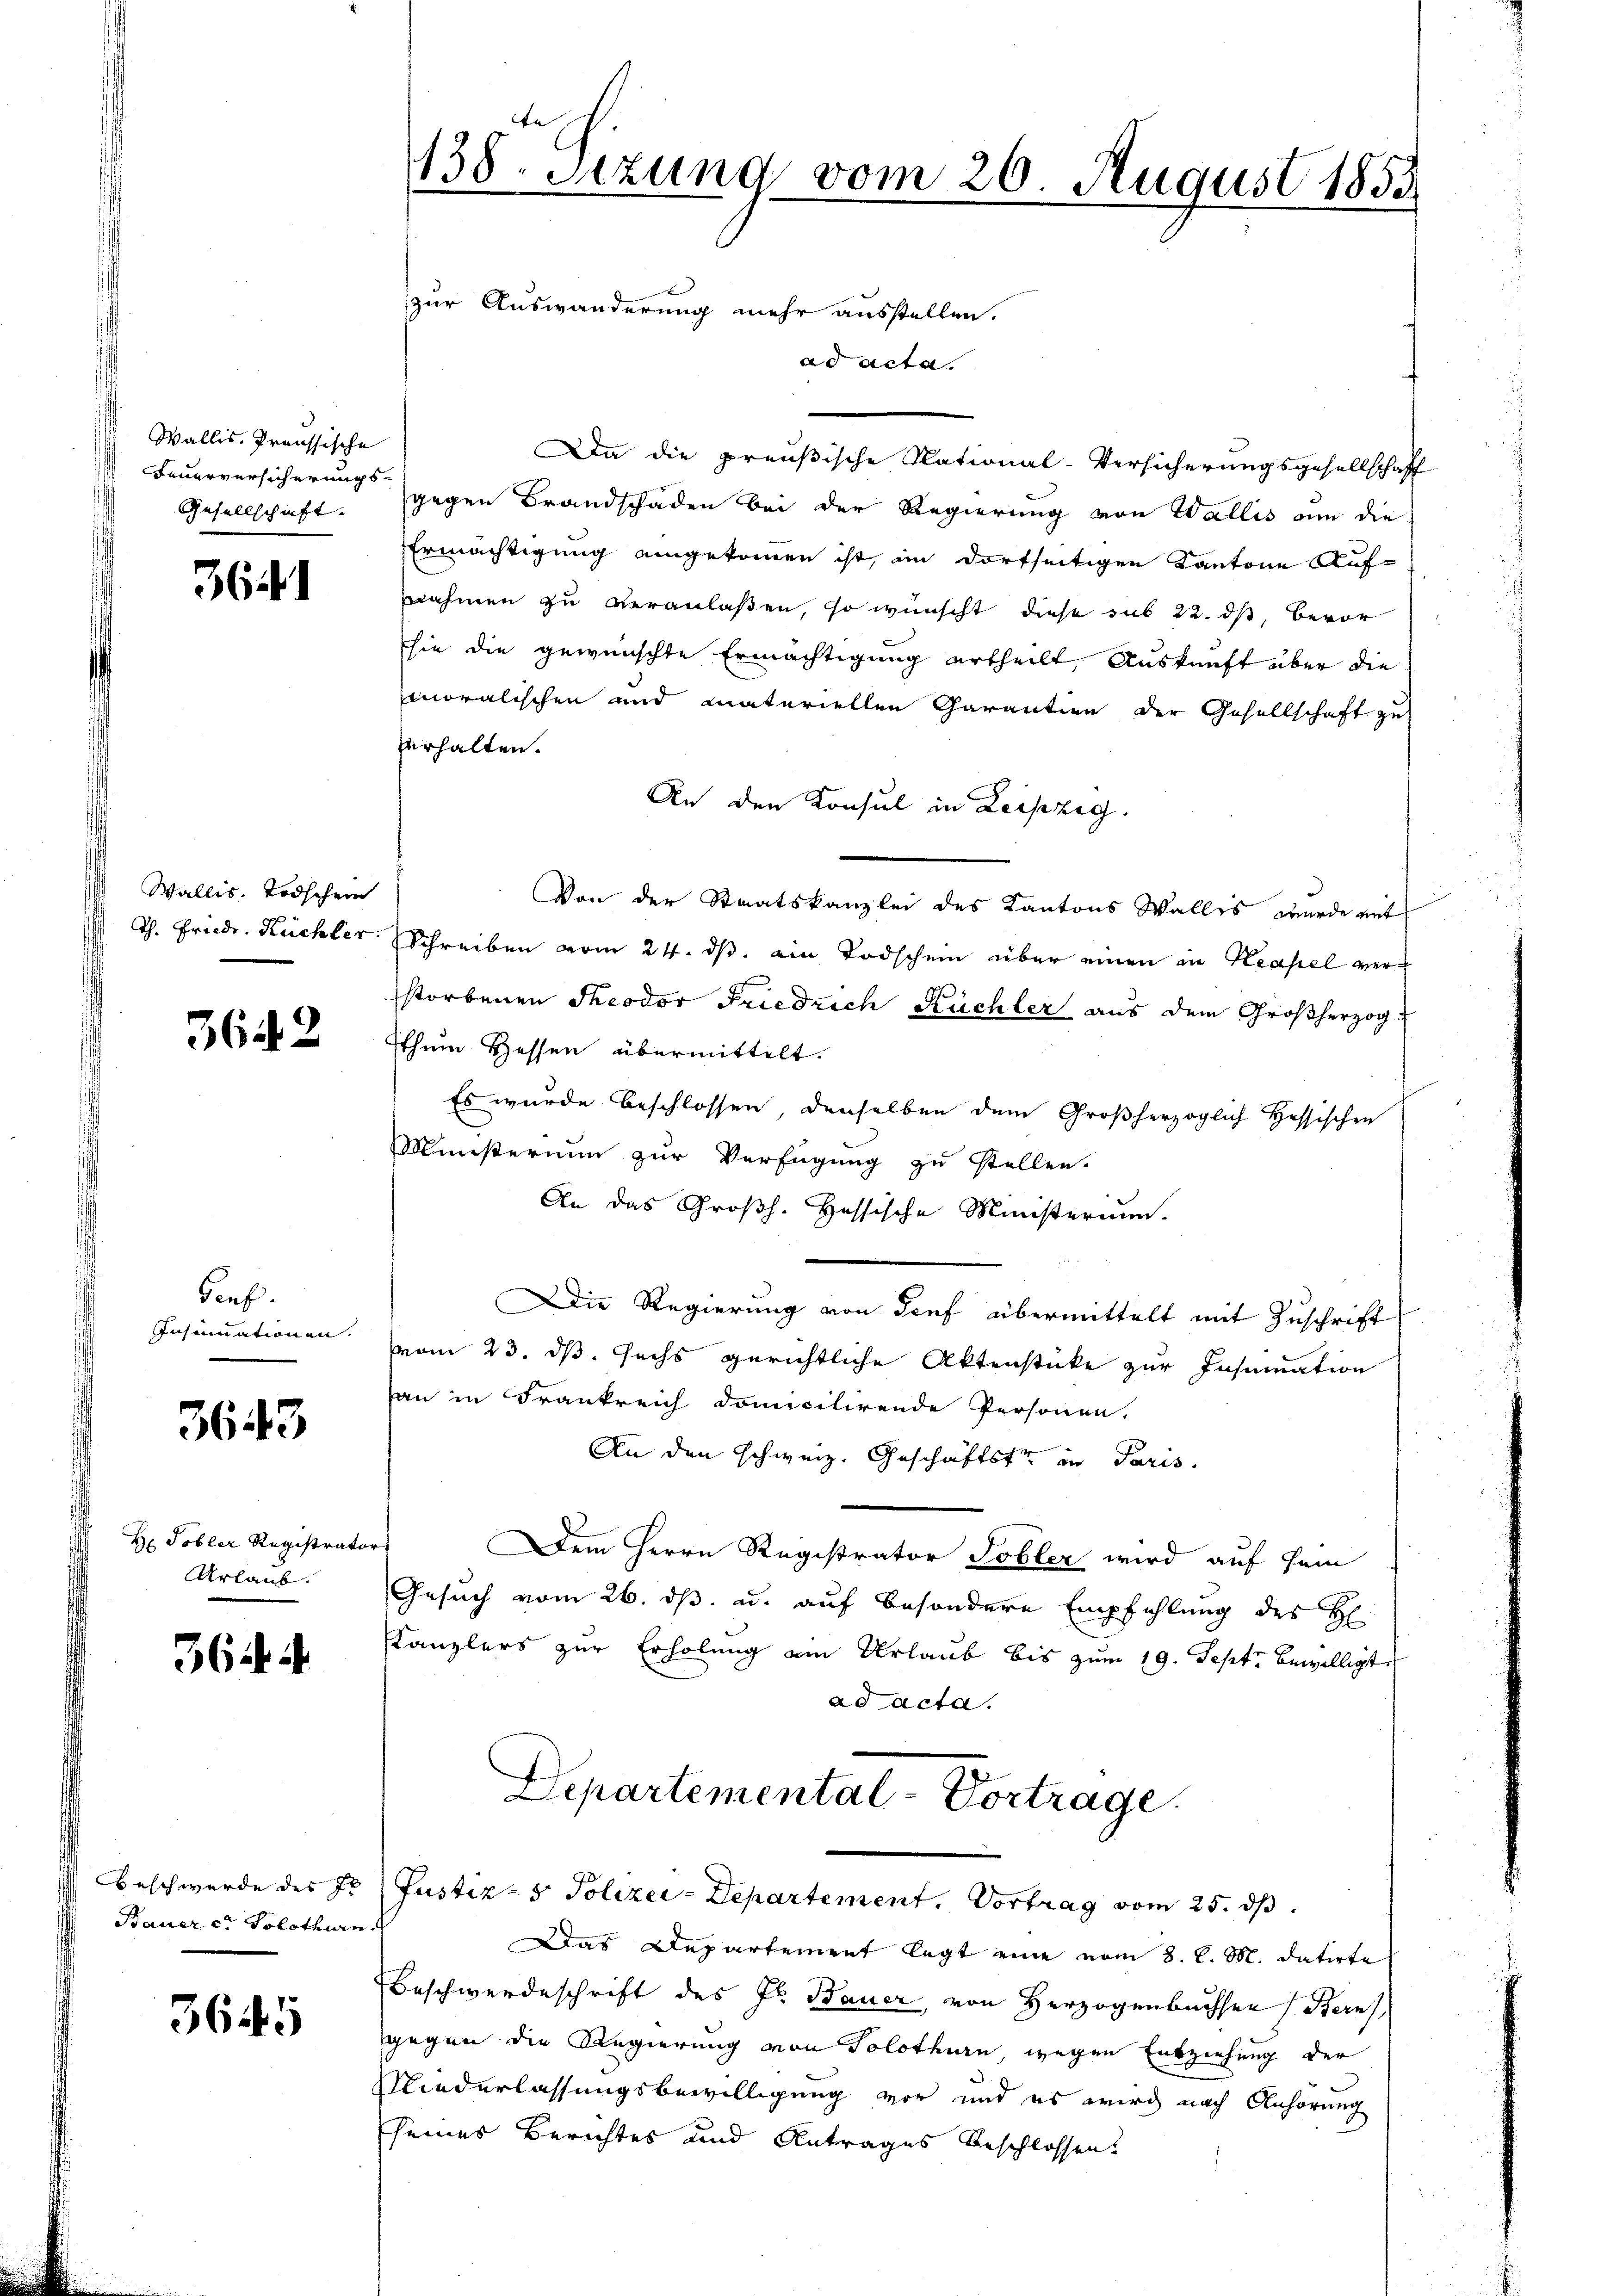
Wallis, Preussische
Feuerversicherungs-
Gesellschaft.

3641

Wallis. Todschen
th. Friedr. Kuchler.

3642

Genf
Insinuationen.

3643

H Tobler Registrator
Urlaub.

364. 4

Bauer c. Solothurn

3645

138. Setzung vom 26. August 1853
zur Auswanderung mehr ausstellen.

Beschwerde des Fr. (Justiz- & Polizei-Departement. Vortrag vom 25. ds.

ad Acta.
Da die preußische National-Versicherungsgesellschaff
gegen Brandschaden bei der Regierung von Wallis um die
Ermächtigung eingekommen ist, im dortseitigen Kantone Aufnahmen zu veranlaßen, so wünscht diese sub 22. ds, bevor
sie die gewünschte Ermächtigung ertheilt, Auskunft über die
moralischen und materiellen Charantien der Gesellschaft zu
Verhalten.
An den Konsul in Leipzig.
Von der Staatskanzlei des Kantons Wallis, wurde mit
Schreiben vom 24. ds. ein Todschein über einen in Keapel verstorbenen Theodor Friedrich Küchler aus dem Großherzog
thum Hessen übermittelt.
Es wurde beschlossen, denselben dem Großherzoglich Hessischen
Ministerium zur Verfügung zu stellen.
An das Großh. Hessische Ministerium.
Die Regierung von Tief übermittelt mit Zuschrift
vom 23. ds. sechs gerichtliche Aktenstücke zur Insumation
an in Frankreich domicilirende Personen,
An den schweiz. Geschäftste in Paris.
Dem Herrn Registrator Tobler wird auf sein
Gesuch vom 26. ds. u. auf besondere Empfehlung des H
Kanzlers zur Erholung ein Urlaub bis zum 19. Sept. bewilligte
ad acta.
Departemental-Vortrage.

Das Departement legt eine vom 8. d. M. datirte
Beschwerdeschrift des Jr. Bauer, von Herzogenbuchsen (Bern,
gegen die Regierung von Solothurn wegen Entziehung der
Niederlassungsbewilligung vor und es wird nach Anhörung
seines Berichtes und Antrages beschlossen.